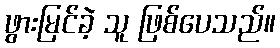
ဖွားမြင်ခဲ့ သူ ဖြစ်ပေသည်။